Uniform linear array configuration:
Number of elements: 24
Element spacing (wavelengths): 1
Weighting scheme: hann
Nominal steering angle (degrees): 0
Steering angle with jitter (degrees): -0.3242
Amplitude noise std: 0.05
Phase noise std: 0.05

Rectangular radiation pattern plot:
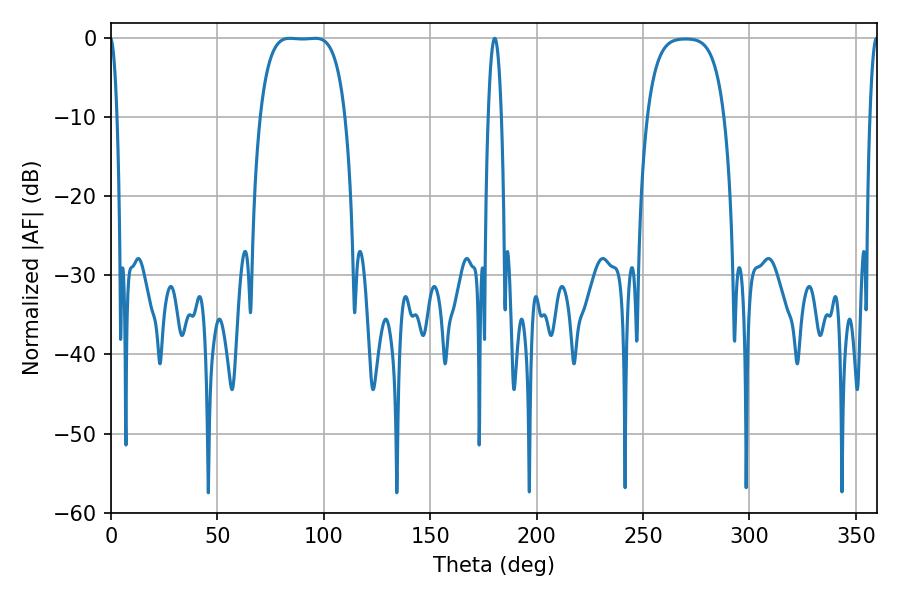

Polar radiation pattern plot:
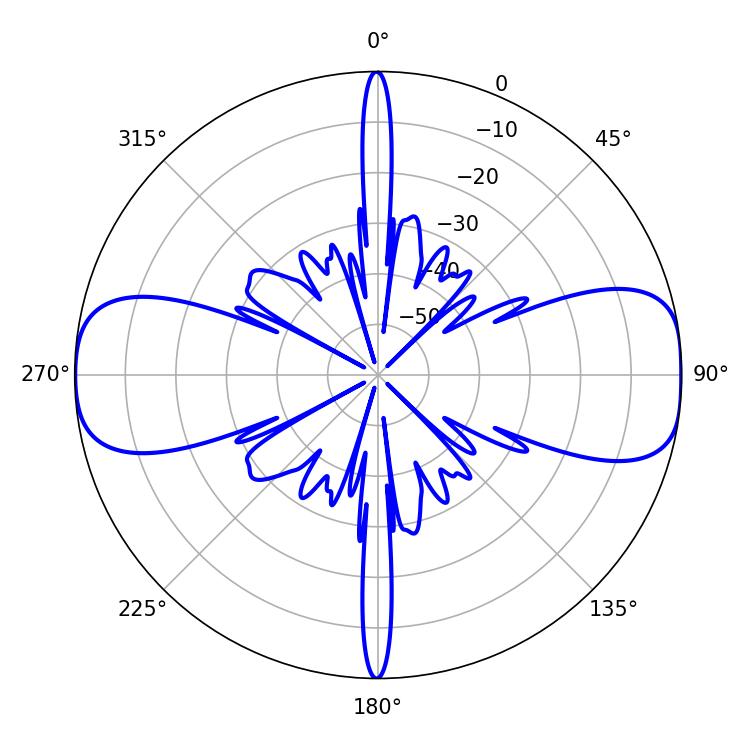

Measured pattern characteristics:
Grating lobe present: TRUE
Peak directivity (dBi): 13.359
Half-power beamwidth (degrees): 30.96
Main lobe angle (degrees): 84.06